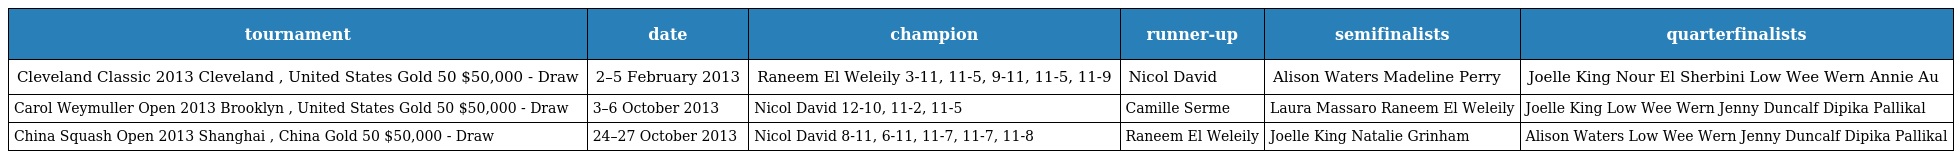
| tournament | date | champion | runner-up | semifinalists | quarterfinalists |
 | --- | --- | --- | --- | --- | --- |
 | Cleveland Classic 2013 Cleveland , United States Gold 50 $50,000 - Draw | 2–5 February 2013 | Raneem El Weleily 3-11, 11-5, 9-11, 11-5, 11-9 | Nicol David | Alison Waters Madeline Perry | Joelle King Nour El Sherbini Low Wee Wern Annie Au |
 | Carol Weymuller Open 2013 Brooklyn , United States Gold 50 $50,000 - Draw | 3–6 October 2013 | Nicol David 12-10, 11-2, 11-5 | Camille Serme | Laura Massaro Raneem El Weleily | Joelle King Low Wee Wern Jenny Duncalf Dipika Pallikal |
 | China Squash Open 2013 Shanghai , China Gold 50 $50,000 - Draw | 24–27 October 2013 | Nicol David 8-11, 6-11, 11-7, 11-7, 11-8 | Raneem El Weleily | Joelle King Natalie Grinham | Alison Waters Low Wee Wern Jenny Duncalf Dipika Pallikal |